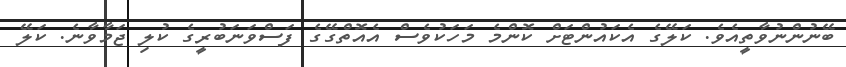
ބޭނުންނުވާތީއެވެ. ކަލޭގެ އެކައުންޓަށް ކޮންމެ މަހަކުވެސް އެއޮތްގޭގެ ފަސްވަނަބުރީގެ ކުލި ޖަމާވާނެ. ކަލޭ